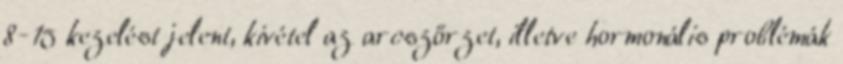
8-15 kezelést jelent, kivétel az arcszőrzet, illetve hormonális problémák